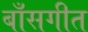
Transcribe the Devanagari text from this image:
बाँसगीत